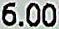
6.00